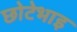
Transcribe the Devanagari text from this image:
छोटेभाइ